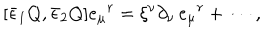
LaTeX: { } [ \bar { \epsilon } _ { 1 } Q , \bar { \epsilon } _ { 2 } Q ] e _ { \mu } { } ^ { r } = \xi ^ { \nu } \partial _ { \nu } \, e _ { \mu } { } ^ { r } + \cdots \, ,